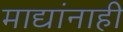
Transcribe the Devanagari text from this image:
माद्यांनाही